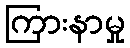
ကြားနာမှု